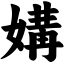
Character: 媾